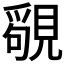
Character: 𧡳